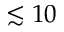
\lesssim 1 0